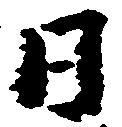
日